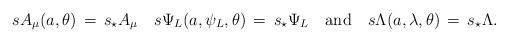
LaTeX: \begin{align*}s A_{\mu}(a,\theta)\,=\,s_{\star} A_{\mu} \quad s \Psi_L(a,\psi_L,\theta)\,=\,s_{\star} \Psi_L\quad\mbox{and}\quad s \Lambda(a,\lambda,\theta)\,=\,s_{\star} \Lambda.\end{align*}